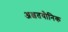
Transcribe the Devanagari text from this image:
अक्षतयौनिक